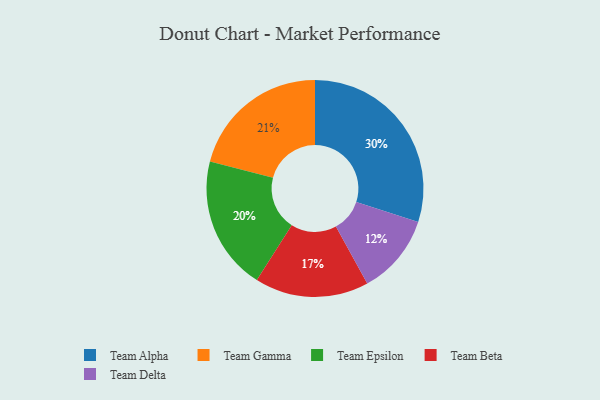
{"axis": {"x": "Category", "y": "Percentage"}, "legend": ["Team Alpha", "Team Beta", "Team Delta", "Team Epsilon", "Team Gamma"], "data": [{"x": "Team Beta", "y": 17, "type": "Team Beta"}, {"x": "Team Epsilon", "y": 20, "type": "Team Epsilon"}, {"x": "Team Alpha", "y": 30, "type": "Team Alpha"}, {"x": "Team Gamma", "y": 21, "type": "Team Gamma"}, {"x": "Team Delta", "y": 12, "type": "Team Delta"}]}